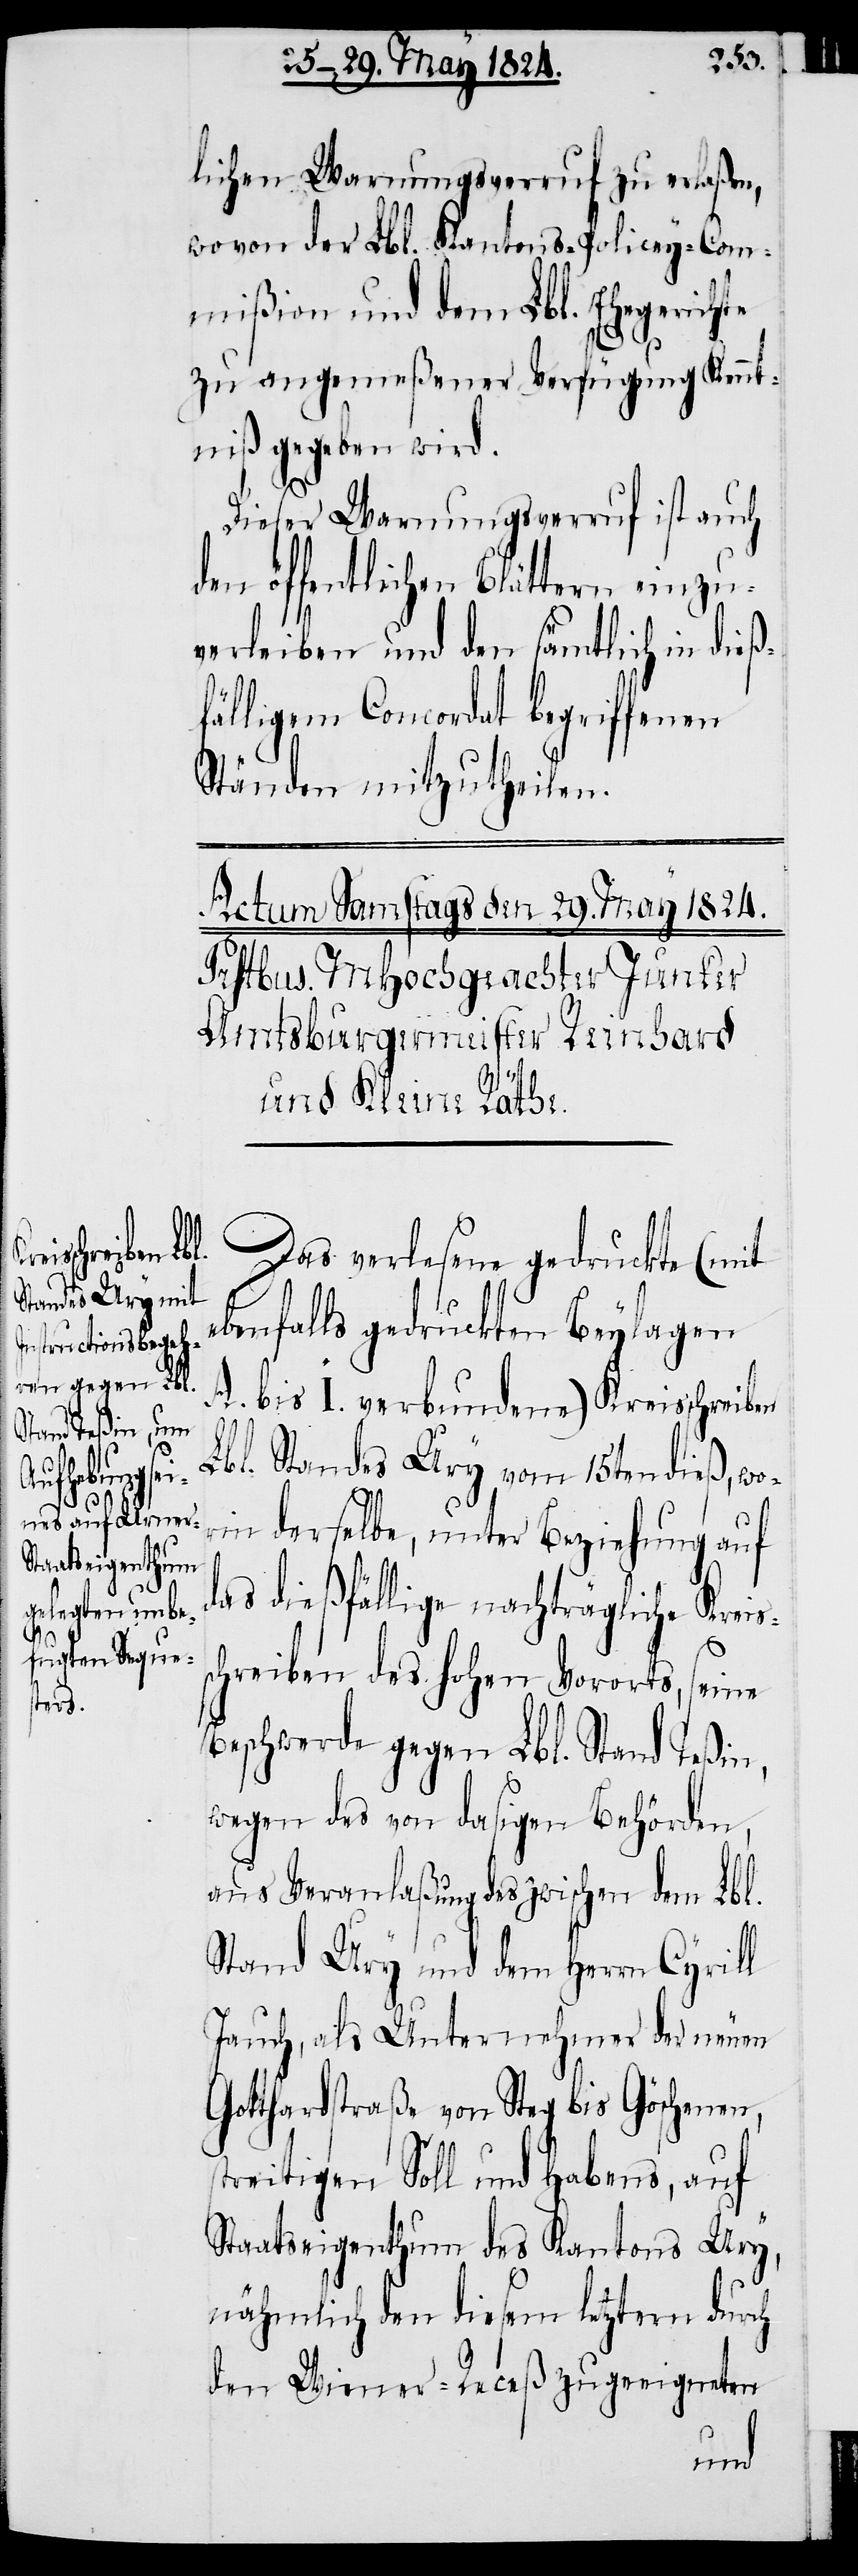
ss¬

lichen Warnungsverruf zu erlaßen,
von von der Lbl. Kantons-Polizey-Com¬
mißion und dem Lbl. Ehegerichte
zu angemeßener Verfügung Kennt¬
niß gegeben wird.
Dieser Warnungsverruf ist auch
den öffentlichen Blättern einzu¬
verleiben und den sämmtlich in dieß¬
fälligem Concordat begriffenen
Ständen mitzutheilen.
Das verlesene gedruckte (mit
benfalls gedruckten Beylagen
A. bis I. verbundene) Kreisschreiben
Lbl. Standes Ury vom 15ten dieß, wor¬
in derselbe, unter Beziehung auf
das dießfällige nachträgliche Krei¬
chreiben des hohen Vororts, seine
Beschwerde gegen Lbl. Stand Teßin,
wegen des von dasigen Behörden,
aus Veranlaßung des zwischen dem Lbl.
Stand Ury und dem Herrn Cyrill
Jauch, als Unternehmer der neuen
Gotthardstraße von Steg bis Göschenen,
streitigen Soll und Habens, auf
Staatseigenthum des Kantons Ury,
nähmlich den diesem letztern durch
den Wiener-Receß zu geeigneten